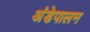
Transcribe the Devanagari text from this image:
अंडेपालन